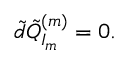
\tilde { d } \tilde { Q } _ { I _ { m } } ^ { ( m ) } = 0 .